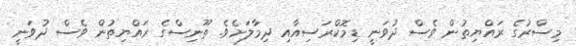
މިސްރުގެ ރައްޔިތުން ވެސް ދުވަނީ ޑިމޮކްރަސިއާއި ދިމާލަށެވެ. ތޫނިސްގެ ރައްޔިތުން ވެސް ދުވަނީ